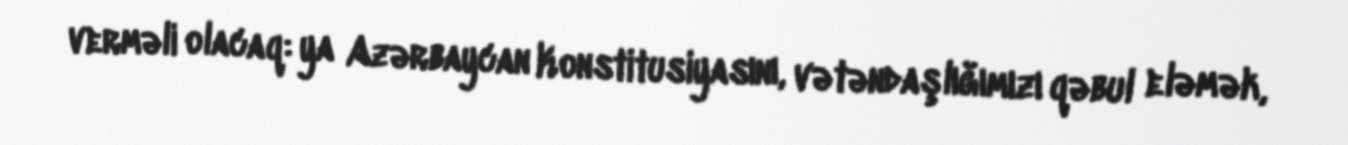
verməli olacaq: ya Azərbaycan Konstitusiyasını, vətəndaşlığımızı qəbul eləmək,